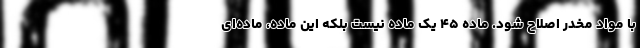
با مواد مخدر اصلاح شود. ماده ۴۵ یک ماده نیست بلکه این ماده، ماده‌ای